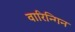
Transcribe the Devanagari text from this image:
वारिन्गिन